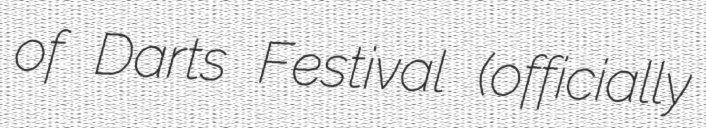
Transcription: of Darts Festival (officially